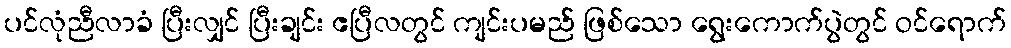
ပင်လုံညီလာခံ ပြီးလျှင် ပြီးချင်း ဧပြီလတွင် ကျင်းပမည် ဖြစ်သော ရွေးကောက်ပွဲတွင် ဝင်ရောက်